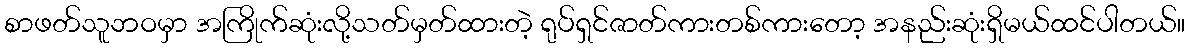
စာဖတ်သူဘဝမှာ အကြိုက်ဆုံးလို့သတ်မှတ်ထားတဲ့ ရုပ်ရှင်ဇာတ်ကားတစ်ကားတော့ အနည်းဆုံးရှိမယ်ထင်ပါတယ်။